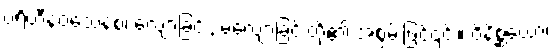
ပရိဟီနဝသေနစ၊ လျော့ခြင်း, မလျော့ခြင်းတို့၏ အစွမ်းဖြင့်၎င်း။ ဝိနိစ္ဆယော၊